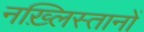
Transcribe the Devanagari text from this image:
नख़्लिस्तानों